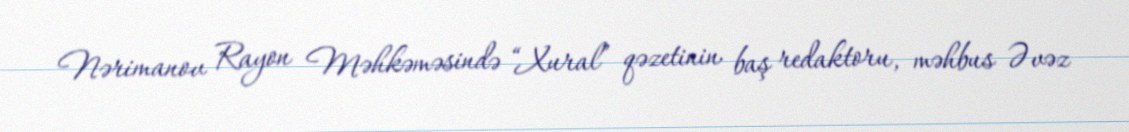
Nərimanov Rayon Məhkəməsində “Xural” qəzetinin baş redaktoru, məhbus Əvəz